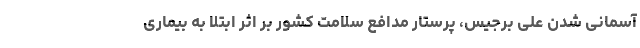
آسمانی شدن علی برجیس، پرستار مدافع سلامت کشور بر اثر ابتلا به بیماری